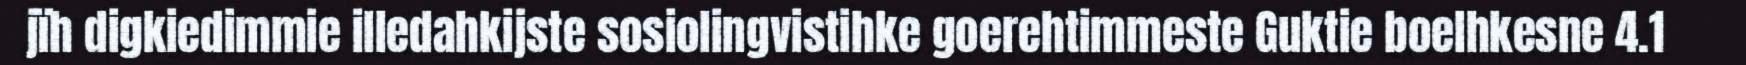
jïh digkiedimmie illedahkijste sosiolingvistihke goerehtimmeste Guktie boelhkesne 4.1